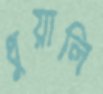
ধুয়ালি